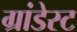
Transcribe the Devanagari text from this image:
ग्रांडेस्ट